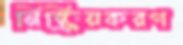
নিষ্ক্রিয়করণ